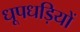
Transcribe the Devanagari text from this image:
धूपधड़ियों